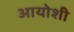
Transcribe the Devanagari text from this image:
आयोशी